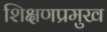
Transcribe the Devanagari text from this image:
शिक्षणप्रमुख